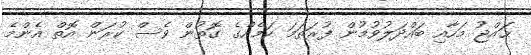
ޙައްޖު މަހާއި ބައްދަލުވުމުން ފުރަތަމަ ކަމެއްގެ ގޮތުން ވެސް ކުރަން އޮތް އެންމެ